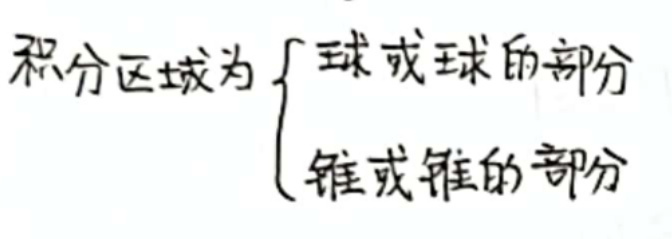
积分区域为$\begin{cases}球或球的部分\\锥或锥的部分\end{cases}$